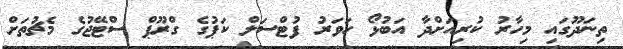
ތިނަދޫގައި މިހާރު ކުރިއަށްދާ އަބުޅޯ ހަވަރު ފުޓްސަލް ކަޕުގެ ގްރޫޕް ސްޓޭޖުގެ މެޗުތަށް